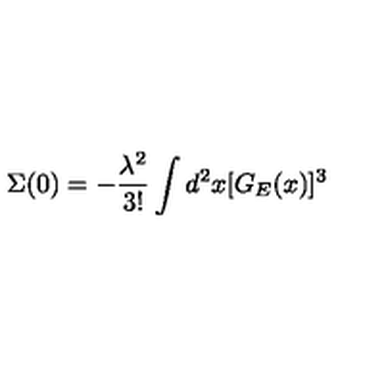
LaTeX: \Sigma ( 0 ) = - \frac { { \lambda } ^ { 2 } } { 3 ! } \int d ^ { 2 } x [ G _ { E } ( x ) ] ^ { 3 }